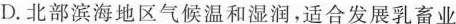
D.北部滨海地区气候温和湿润，适合发展乳畜业